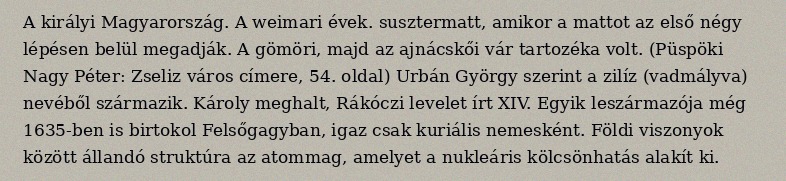
A királyi Magyarország. A weimari évek. susztermatt, amikor a mattot az első négy lépésen belül megadják. A gömöri, majd az ajnácskői vár tartozéka volt. (Püspöki Nagy Péter: Zseliz város címere, 54. oldal) Urbán György szerint a zilíz (vadmályva) nevéből származik. Károly meghalt, Rákóczi levelet írt XIV. Egyik leszármazója még 1635-ben is birtokol Felsőgagyban, igaz csak kuriális nemesként. Földi viszonyok között állandó struktúra az atommag, amelyet a nukleáris kölcsönhatás alakít ki.